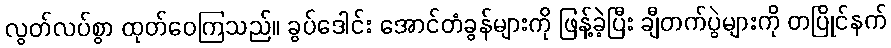
လွတ်လပ်စွာ ထုတ်ဝေကြသည်။ ခွပ်ဒေါင်း အောင်တံခွန်များကို ဖြန့်ခဲ့ပြီး ချီတက်ပွဲများကို တပြိုင်နက်